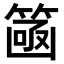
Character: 𮅮